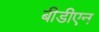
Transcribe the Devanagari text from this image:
बीडीएन